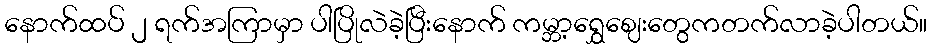
နောက်ထပ် ၂ ရက်အကြာမှာ ပါပြိုလဲခဲ့ပြီးနောက် ကမ္ဘာ့ရွှေဈေးတွေကတက်လာခဲ့ပါတယ်။